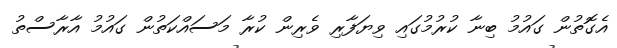
އެގޮތުން ގައުމު ބިނާ ކުރުމުގައި ވިޔަފާރި ވެރިން ކުރާ މަސައްކަތުން ގައުުމު އާރާސްތު